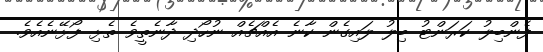
ފެންބިލު ކަރަންޓު ބިލު ލައިގެން ކާނެ އެއްޗެއް ނުހޯދި ދާނެތީވެ ތެޅި ފޯޅޭނެއެވެ.